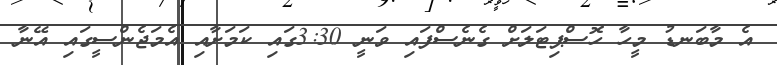
އެ މާބަނޑު މީހާ ހޮސްޕިޓަލަށް ގެނެސްފައި ވަނީ 3:30ގައި ކަމަށާއި އެމަޖެންސީގައި އޭނާ